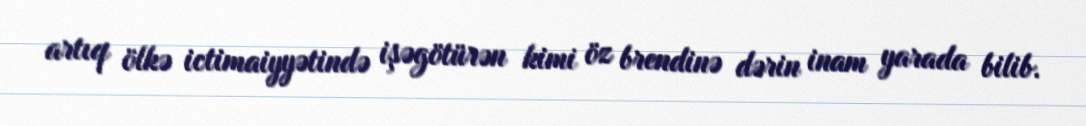
artıq ölkə ictimaiyyətində işəgötürən kimi öz brendinə dərin inam yarada bilib.